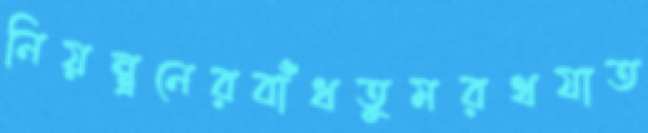
নিয়ন্ত্রনেরবাঁধতুমরথযাত